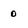
Character: 0